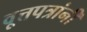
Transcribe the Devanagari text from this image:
वृ्त्तपत्रांनी